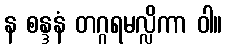
န စန္ဒနံ တဂ္ဂရမလ္လိကာ ဝါ။